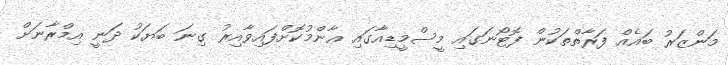
މަންޒަރު ބައެއް ފަރާތްތަކުން ފޮޓޯނަގައި މީސްމީޑިއާގައި ޢާންމުކޮށްފައިވާއިރު ގިނަ ބަޔަކު ދަނީ އިމްރާނަށް